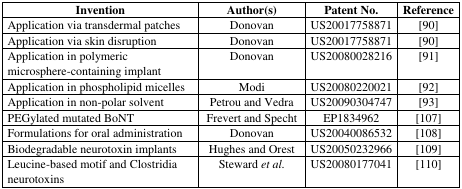
| Invention | Author(s) | Patent No. | Reference |
 | --- | --- | --- | --- |
 | Application via transdermal patches | Donovan | US20017758871 | [90] |
 | Application via skin disruption | Donovan | US20017758871 | [90] |
 | Application in polymeric microsphere-containing implant | Donovan | US20080028216 | [91] |
 | Application in phospholipid micelles | Modi | US20080220021 | [92] |
 | Application in non-polar solvent | Petrou and Vedra | US20090304747 | [93] |
 | PEGylated mutated BoNT | Frevert and Specht | EP1834962 | [107] |
 | Formulations for oral administration | Donovan | US20040086532 | [108] |
 | Biodegradable neurotoxin implants | Hughes and Orest | US20050232966 | [109] |
 | Leucine-based motif and Clostridia neurotoxins | Stewardet al. | US20080177041 | [110] |